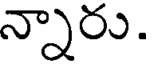
న్నారు.